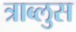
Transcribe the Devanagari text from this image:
त्राब्लुस